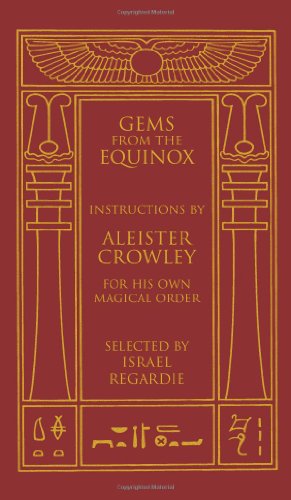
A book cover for Gems from the Equinox: Instructions by Aleister Crowley for His Own Magical Order; Aleister Crowley; Religion & Spirituality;